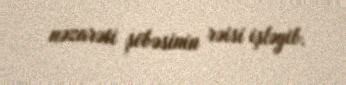
nəzarəti şöbəsinin rəisi işləyib.